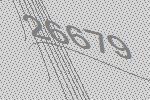
26679